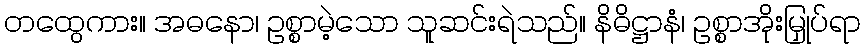
တထွေကား။ အဓနော၊ ဥစ္စာမဲ့သော သူဆင်းရဲသည်။ နိဓိဋ္ဌာနံ၊ ဥစ္စာအိုးမြှုပ်ရာ